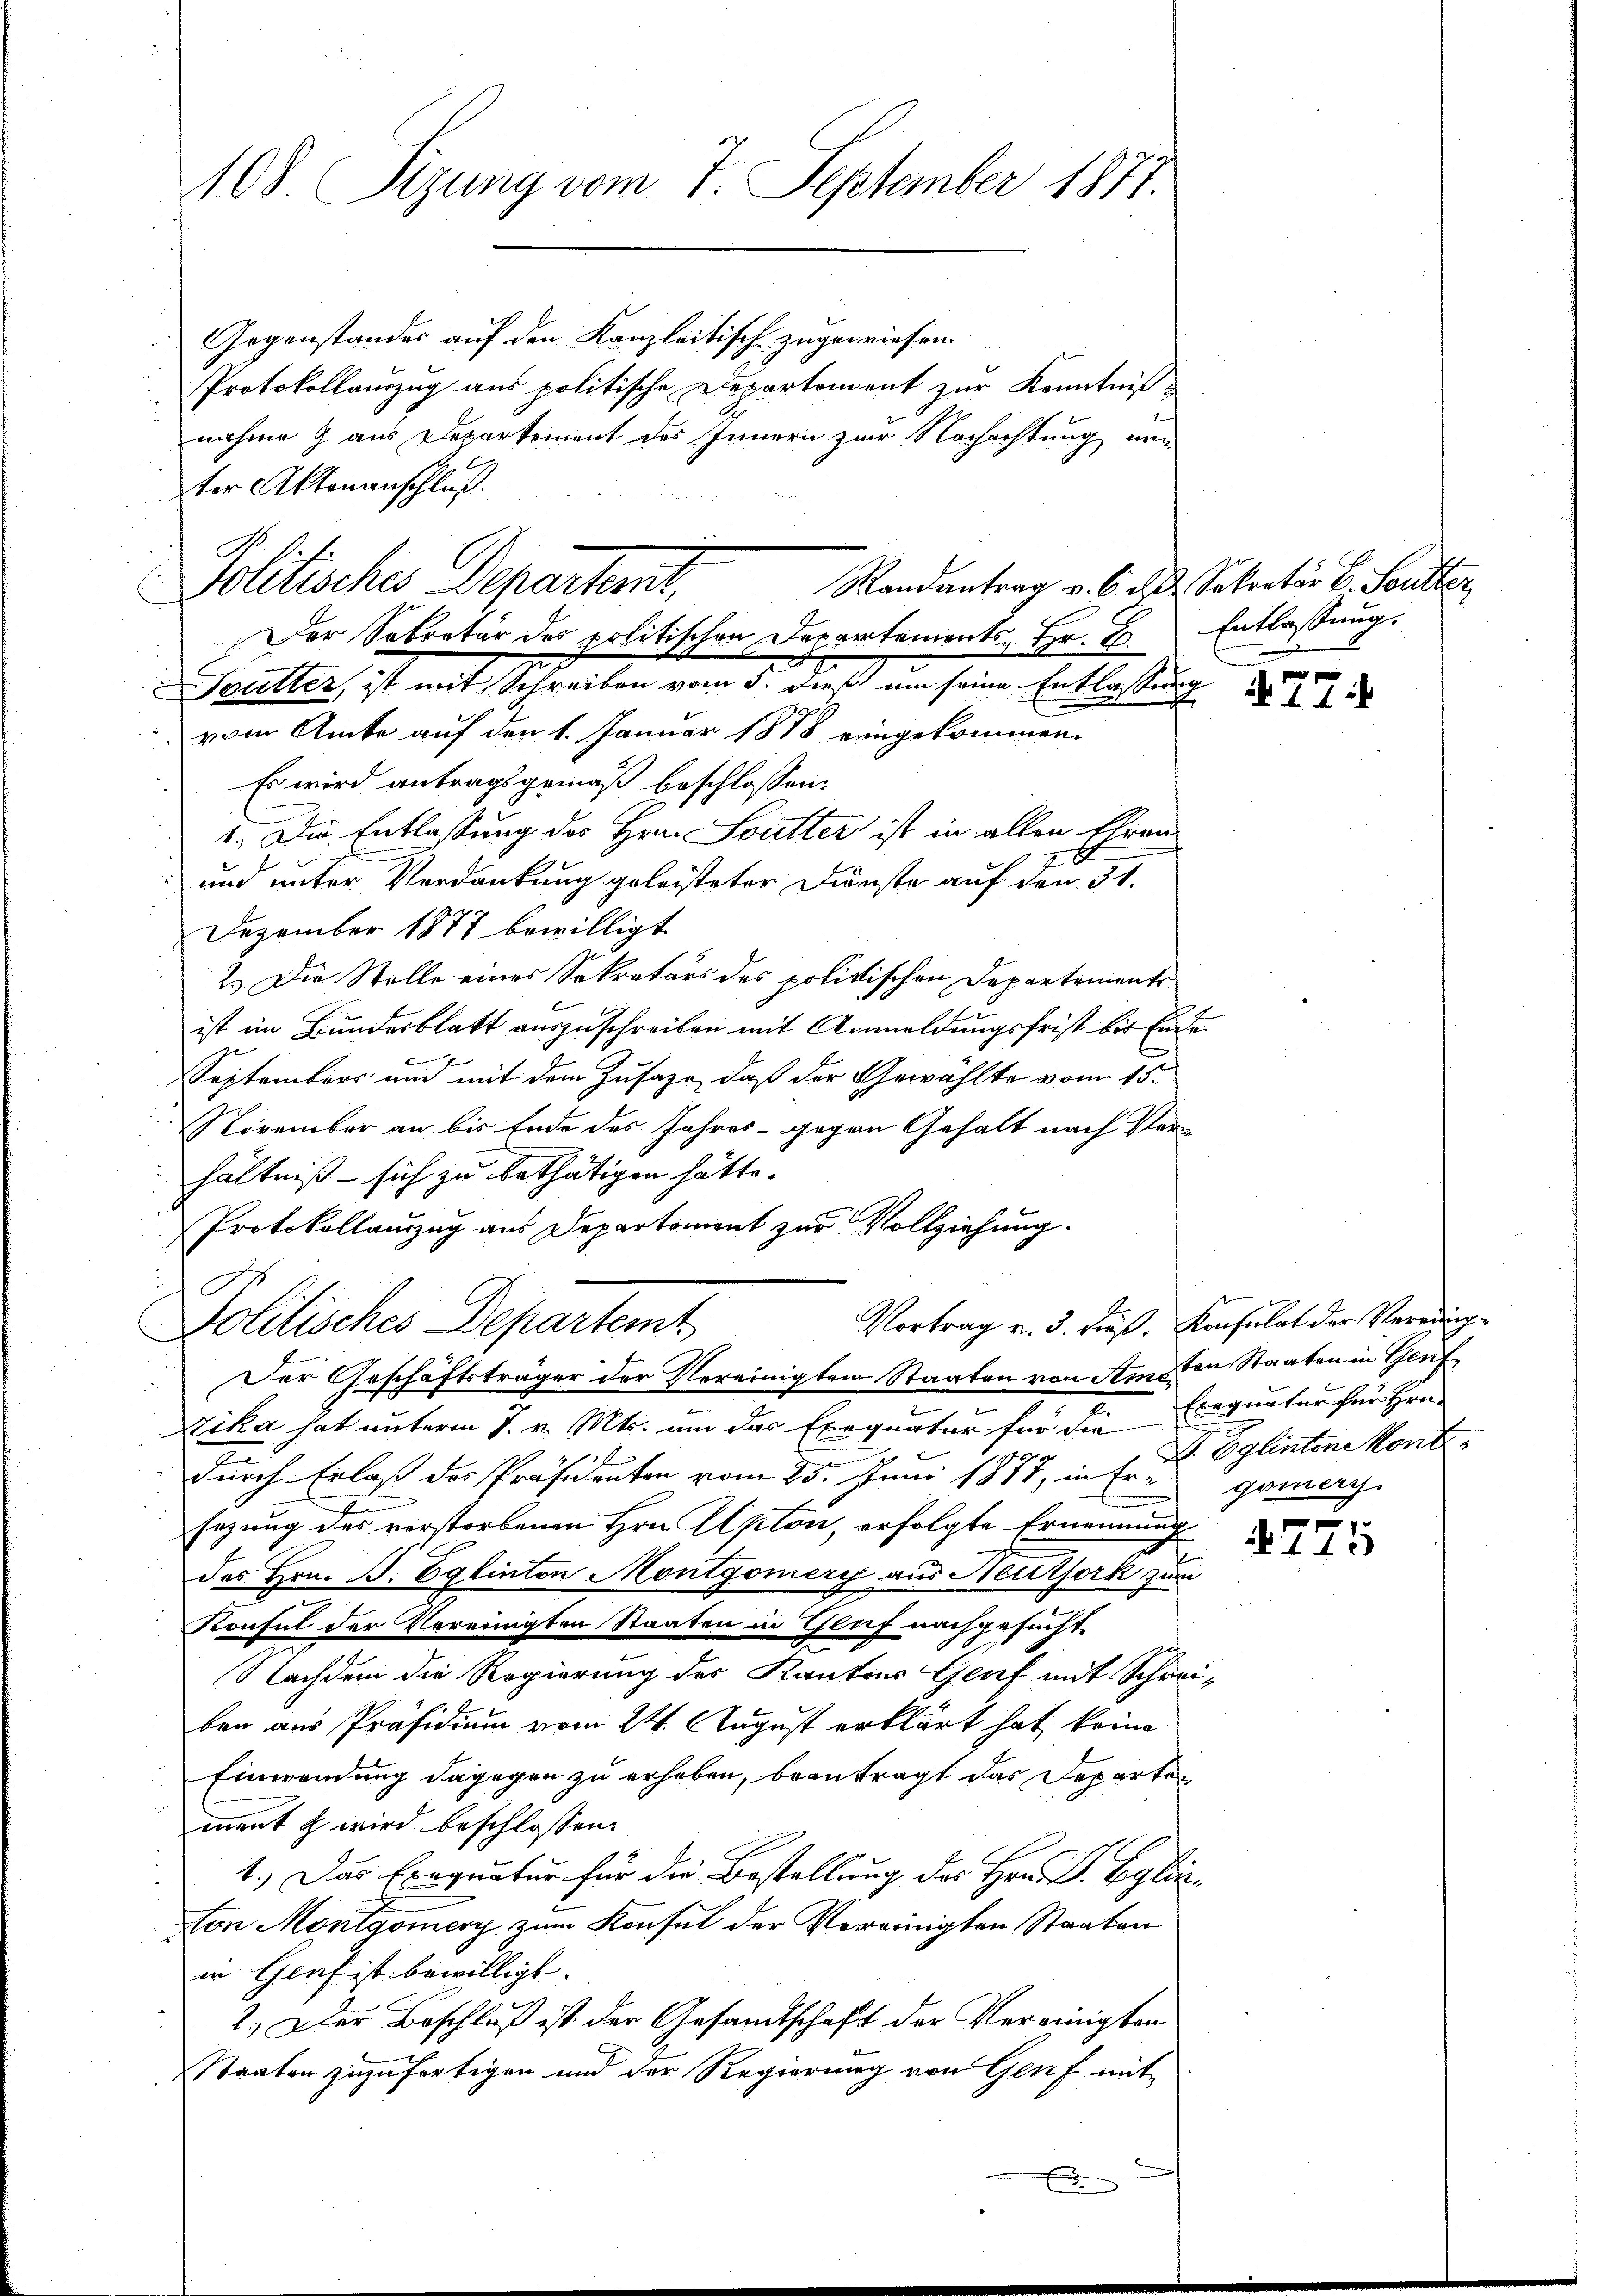
Gegenstandes auf den Kanzleitisch zugewiesen.
Protokollauszug aus politische Departement zur Kenntnißnahme g aus Departement des Innern zur Nachachtung von
ter Aktenanschluß.
Randantrag v. 6. d. 2. Sekretär v. Soulter
E
Sutter, ist mit Schreiben vom 5. dieß um seine Entlassung
f
 vom Amte auf den 1. Januar 1878 eingekommen
Es wird antragsgemäß beschlossen:
1. Die Entlassung des Hrn. Soutter ist in allen Ehren
und unter Verdankung geleisteter Dienste auf den 31.
Dezember 1877 bewilligt.
2.) Die Stelle eines Sekretärs des politischen Departements
ist im Bundesblatt auszuschreiben mit Anmeldungsfrist bis Ende
September und mit dem Zusage, daß der Gewählte vom 15.
November an bis Ende des Jahres - gegen Gehalt nach Ver-
hältniß - sich zu bethätigen hätte.
Protokollauszug aus Departement zur Vollziehung.
A
Politisches Departemt
Der Geschäftsträger der Vereinigten Staaten von Amsten Staaten in Genf
Nika hat unterm 7. v. Mts. um das Exequatur für die
u
durch Erlaß der Präsidenten vom 25. Juni 1877, in frei gemerg
sezung des verstorbenen Hrn. Apton, erfolgte Ernennung
des Hrn. B. Eglinton Montgomery aus Neuthork zum
Konsul der Vereinigten Staaten in Glaf nachgesucht
Nachdem die Regierung des Kantons Genf mit Schrei
ben aus Präsidium vom 24. August erklärt hat keine
Einwendung dagegen zu erheben, beantragt das Departen
mnent & wird beschlossen:
1.) Das Exequatur für die Bestellung des Hrn. Dr. Egli
Von Montgomerz zum Konsul der Vereinigten Staaten
w. Genf ist bewilligt. |
2.) Der Beschluß ist der Gesandtschaft der Vereinigten
Staaten zuzufertigen und der Regierung von Genf mit
E

108. Sizung vom 7. September 1877.

Politisches Departens,
Der Sekretär des politischen Departements-Hr. C.

Entlassung.

2

A774

Vortrag u. 3. dieß. Konsulat der Verrung¬
Eregunter für Hrn.
. Eglintone kont

e
 145